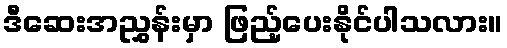
ဒီဆေးအညွှန်းမှာ ဖြည့်ပေးနိုင်ပါသလား။